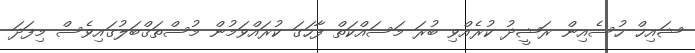
ޝައިޚް ހުސެއިން ރަޝީދު ކުރެއްވި ބުރަ މަސައްކަތް ފާހަގަ ކުރައްވަމުން މުސްތަޤްބަލުގައިވެސް މިފަދަ